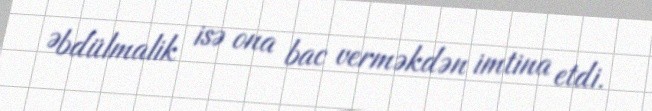
Əbdülmalik isə ona bac verməkdən imtina etdi.